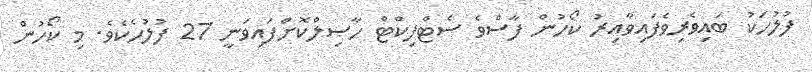
ފުލުހަކު ބައިވެރިވެފައިވާއިރު ކޯހުން ފާސްވެ ސެޓްފިކްޓް ހާޞިލްކޮށްފައިވަނީ 27 ފުލުހެކެވެ. މި ކޯހުން